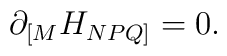
\partial_{[M} H_{NPQ]} = 0.